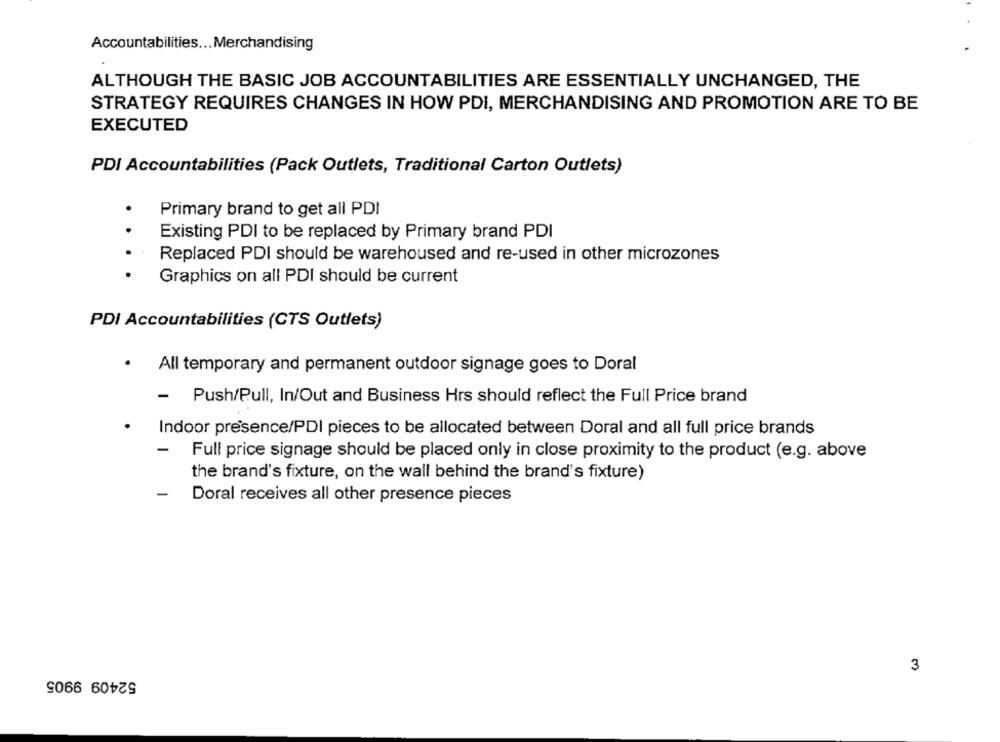
Accountabilities ... Merchandising
ALTHOUGH THE BASIC JOB ACCOUNTABILITIES ARE ESSENTIALLY UNCHANGED, THE
STRATEGY REQUIRES CHANGES IN HOW PDI, MERCHANDISING AND PROMOTION ARE TO BE
EXECUTED
PDI Accountabilities (Pack Outlets, Traditional Carton Outlets)
Primary brand to get all PDI
Existing PDI to be replaced by Primary brand PDI
Replaced PDI should be warehoused and re-used in other microzones
. .. .
Graphics on all PDI should be current
PDI Accountabilities (CTS Outlets)
.
All temporary and permanent outdoor signage goes to Doral
- Push/Pull, In/Out and Business Hrs should reflect the Full Price brand
Indoor presence/PDI pieces to be allocated between Doral and all full price brands
-
Full price signage should be placed only in close proximity to the product (e.g. above
the brand's fixture, on the wall behind the brand's fixture)
-
Doral receives all other presence pieces
3
52409 9905